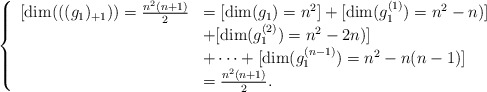
\begin{align*} \left\{ \begin{array}{ll} [\dim(((g_1)_{+1}))=\frac{n^2(n+1)}{2}&=[\dim(g_1)=n^2]+[\dim(g_1^{(1)})=n^2-n)]\\ &+[\dim(g_1^{(2)})=n^2-2n)]\\ &+\cdots+[\dim(g_1^{(n-1)})=n^2-n(n-1)]\\ &=\frac{n^2(n+1)}{2}.\\ \end{array} \right.\end{align*}